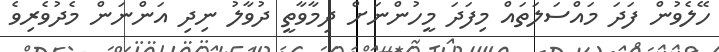
ހޭލެވުން ފަދަ މައްސަލަތައް މިފަދަ މީހުންނަށް ދިމާވާތީ ދުވާލު ނިދި އަންނަން މެދުވެރިވެ